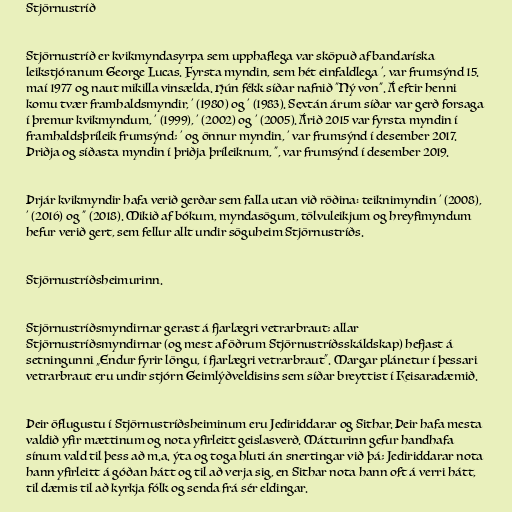
Stjörnustríð

Stjörnustríð er kvikmyndasyrpa sem upphaflega var sköpuð af bandaríska
leikstjóranum George Lucas. Fyrsta myndin, sem hét einfaldlega ', var frumsýnd 15.
maí 1977 og naut mikilla vinsælda. Hún fékk síðar nafnið "Ný von". Á eftir henni
komu tvær framhaldsmyndir, ' (1980) og ' (1983). Sextán árum síðar var gerð forsaga
í þremur kvikmyndum, ' (1999), ' (2002) og ' (2005). Árið 2015 var fyrsta myndin í
framhaldsþríleik frumsýnd; ' og önnur myndin, ' var frumsýnd í desember 2017.
Þriðja og síðasta myndin í þriðja þríleiknum, ", var frumsýnd í desember 2019.

Þrjár kvikmyndir hafa verið gerðar sem falla utan við röðina: teiknimyndin ' (2008),
' (2016) og " (2018). Mikið af bókum, myndasögum, tölvuleikjum og hreyfimyndum
hefur verið gert, sem fellur allt undir söguheim Stjörnustríðs.

Stjörnustríðsheimurinn.

Stjörnustríðsmyndirnar gerast á fjarlægri vetrarbraut; allar
Stjörnustríðsmyndirnar (og mest af öðrum Stjörnustríðsskáldskap) hefjast á
setningunni „Endur fyrir löngu, í fjarlægri vetrarbraut“. Margar plánetur í þessari
vetrarbraut eru undir stjórn Geimlýðveldisins sem síðar breyttist í Keisaradæmið.

Þeir öflugustu í Stjörnustríðsheiminum eru Jediriddarar og Sithar. Þeir hafa mesta
valdið yfir mættinum og nota yfirleitt geislasverð. Mátturinn gefur handhafa
sínum vald til þess að m.a. ýta og toga hluti án snertingar við þá; Jediriddarar nota
hann yfirleitt á góðan hátt og til að verja sig, en Sithar nota hann oft á verri hátt,
til dæmis til að kyrkja fólk og senda frá sér eldingar.